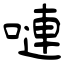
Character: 嗹